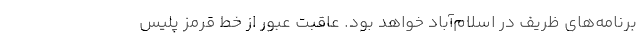
برنامه‌های ظریف در اسلام‌آباد خواهد بود. عاقبت عبور از خط قرمز پلیس